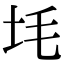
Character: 㘪